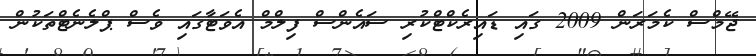
ޖޭމްސް ކެމަރަން 2009 ގައި ޑައިރެކްޓްކުރި ސައެންސް ފިލްމް އެވަޓާގައި ވެސް ޕްލެނެޓްތަކުން